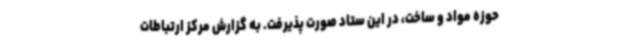
حوزه مواد و ساخت، در این ستاد صورت پذیرفت. به گزارش مرکز ارتباطات